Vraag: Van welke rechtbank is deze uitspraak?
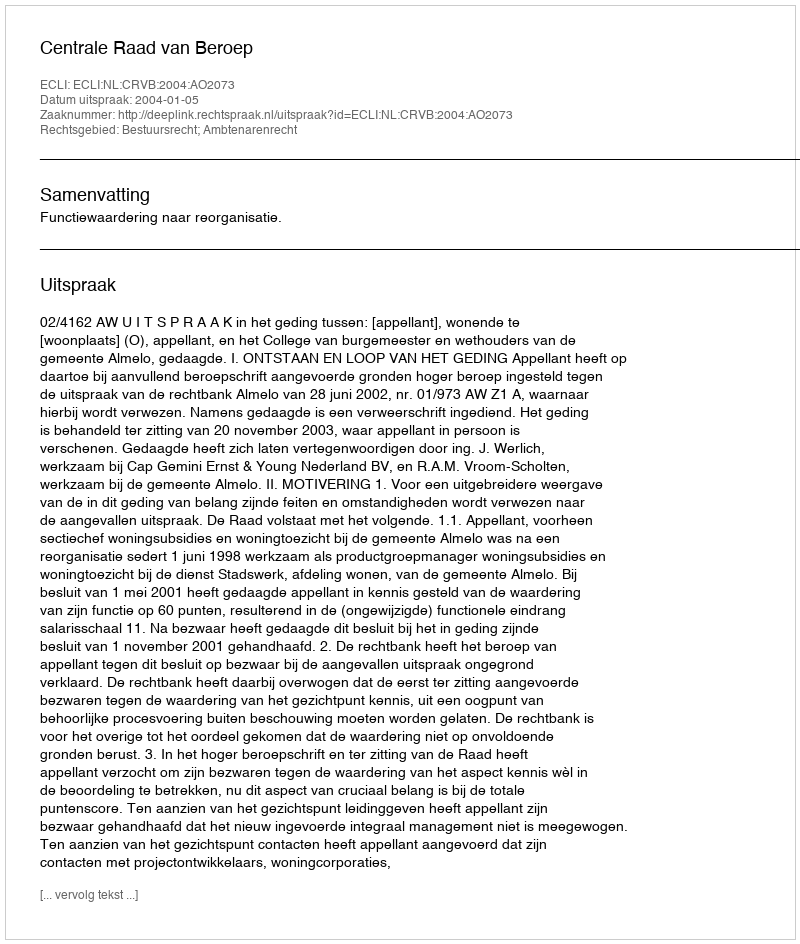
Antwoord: Centrale Raad van Beroep